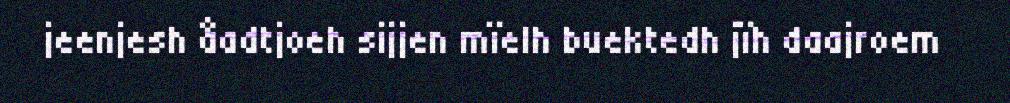
jeenjesh åadtjoeh sijjen mïelh buektedh jïh daajroem